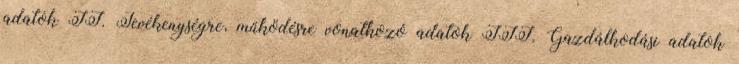
adatok II. Tevékenységre, működésre vonatkozó adatok III. Gazdálkodási adatok